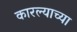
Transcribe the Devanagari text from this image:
कारल्याच्या